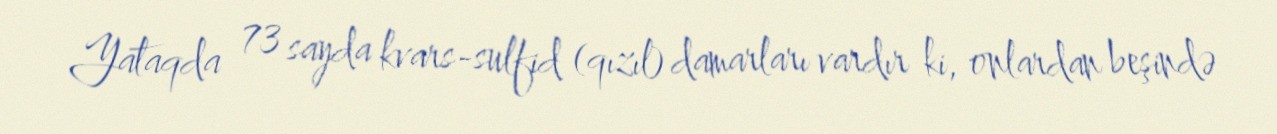
Yataqda 73 sayda kvars-sulfid (qızıl) damarları vardır ki, onlardan beşində